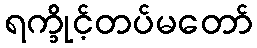
ရက္ခိုင့်တပ်မတော်